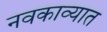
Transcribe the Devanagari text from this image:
नवकाव्यात